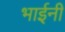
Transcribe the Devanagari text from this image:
भाईनी